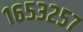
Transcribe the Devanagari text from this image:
१६५३२५७